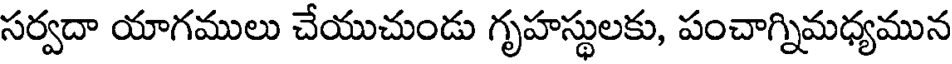
సర్వదా యాగములు చేయుచుండు గృహస్థులకు, పంచాగ్నిమధ్యమున